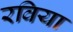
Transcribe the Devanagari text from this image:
रविया